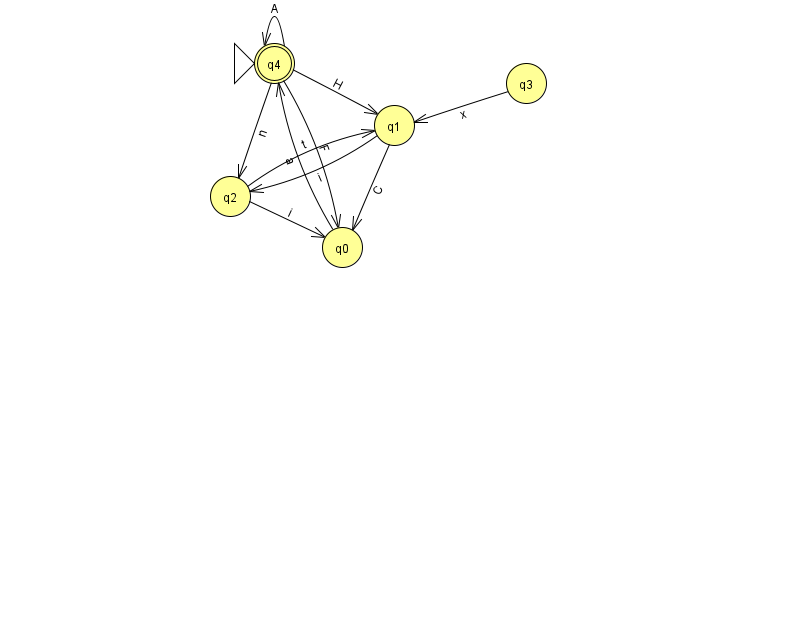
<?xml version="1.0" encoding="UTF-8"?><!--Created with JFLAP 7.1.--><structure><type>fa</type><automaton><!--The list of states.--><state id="0" name="q0"><x>342.0</x><y>234.0</y></state><state id="1" name="q1"><x>394.0</x><y>112.0</y></state><state id="2" name="q2"><x>230.0</x><y>183.0</y></state><state id="3" name="q3"><x>526.0</x><y>70.0</y></state><state id="4" name="q4"><x>274.0</x><y>50.0</y><initial/><final/></state><!--The list of transitions.--><transition><from>4</from><to>4</to><read>A</read></transition><transition><from>4</from><to>2</to><read>n</read></transition><transition><from>1</from><to>0</to><read>C</read></transition><transition><from>2</from><to>1</to><read>t</read></transition><transition><from>4</from><to>1</to><read>H</read></transition><transition><from>1</from><to>2</to><read>i</read></transition><transition><from>0</from><to>4</to><read>a</read></transition><transition><from>4</from><to>0</to><read>F</read></transition><transition><from>2</from><to>0</to><read>i</read></transition><transition><from>3</from><to>1</to><read>x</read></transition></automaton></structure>